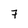
Character: 7